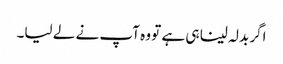
اگر بدلہ لینا ہی ہے تو وہ آپ نے لے لیا۔